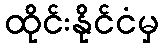
ထိုင်းနိုင်ငံမှ